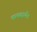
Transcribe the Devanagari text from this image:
कथवार्यन